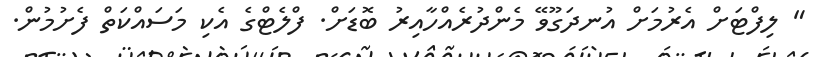
" ލިފްޓަށް އެރުމަށް އުނދަގޫވޭ މެންދުރެއްހާއިރު ބޮޑަށް. ފްލެޓްގެ އެކި މަސައްކަތް ފެށުމުން.